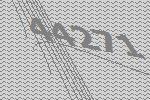
44271